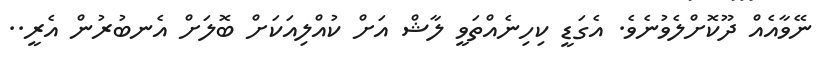
ނޭވާއެއް ދޫކޮށްލެވުނެވެ. އެގަޑީ ކިހިނެއްތަވީ ލާޝް އަށް ކުއްލިއަކަށް ބޮލަށް އެނބުރުން އެރީ..